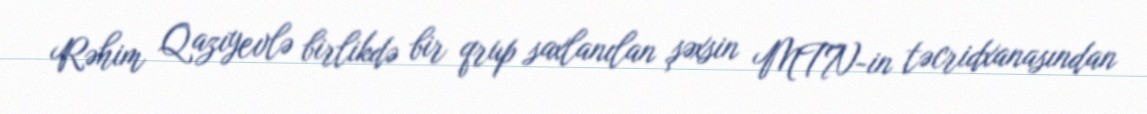
Rəhim Qazıyevlə birlikdə bir qrup saxlanılan şəxsin MTN-in təcridxanasından